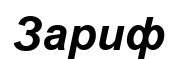
Зариф